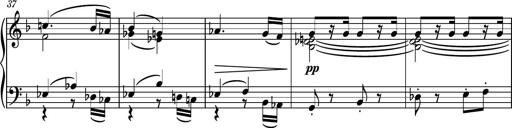
Title: Piano Sonatina No.5
Composer: Dimitri Sykias
Key: C minor